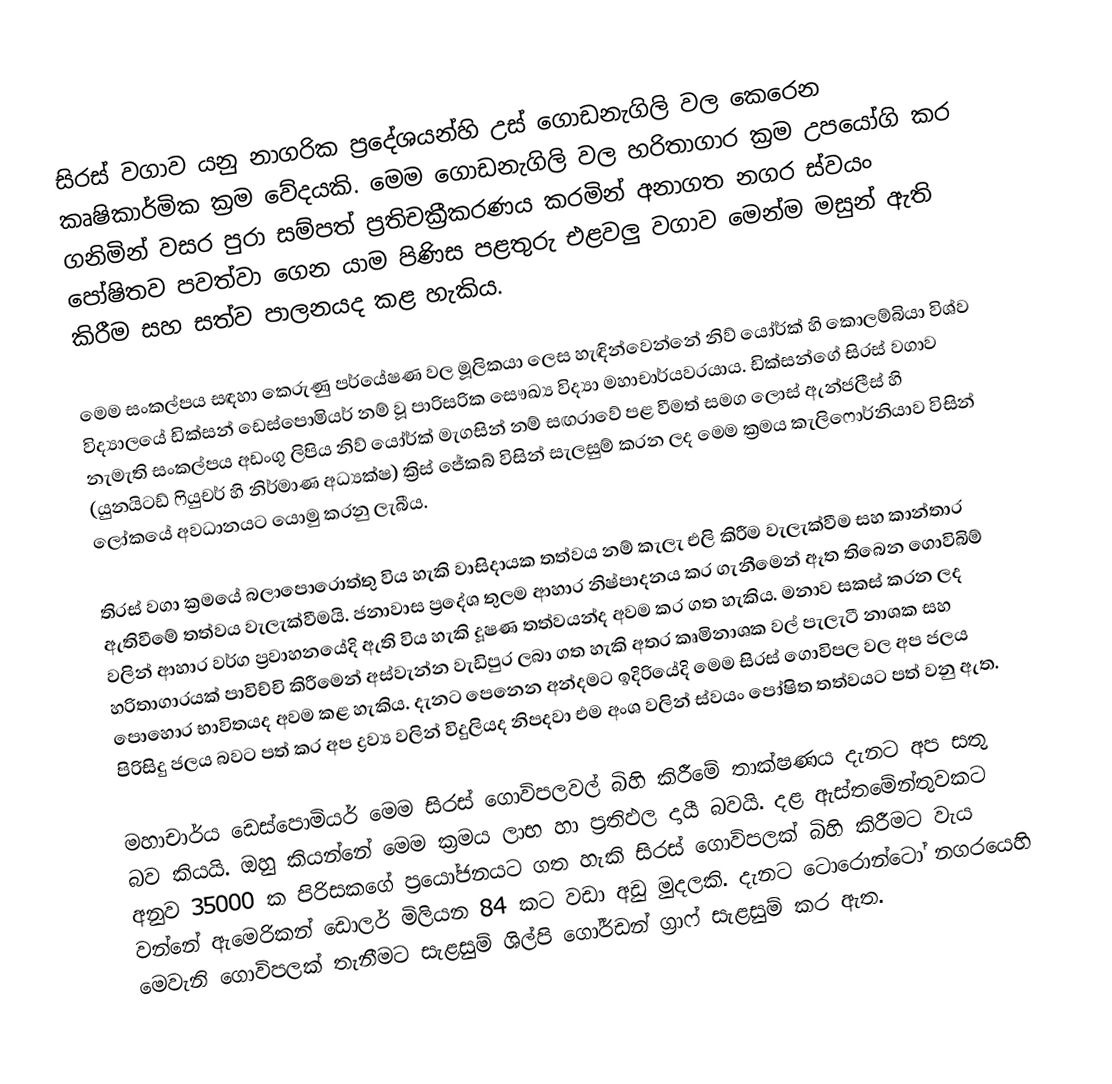
සිරස් වගාව යනු නාගරික ප්‍රදේශයන්හි උස් ගොඩනැගිලි වල කෙරෙන කෘෂිකාර්මික ක්‍රම වේදයකි. මෙම ගොඩනැගිලි වල හරිතාගාර ක්‍රම උපයෝගි කර ගනිමින් වසර පුරා සම්පත් ප්‍රතිචක්‍රීකරණය කරමින් අනාගත නගර ස්වයං පෝෂිතව පවත්වා ගෙන  යාම පිණිස පළතුරු එළවලු වගාව මෙන්ම මසුන් ඇති කිරීම සහ සත්ව පාලනයද කළ හැකිය.

මෙම සංකල්පය සඳහා කෙරුණු පර්යේෂණ වල මූලිකයා ලෙස හැඳින්වෙන්නේ නිව් යෝර්ක් හි කොලම්බියා විශ්ව විද්‍යාලයේ ඩික්සන් ඩෙස්පොමියර් නම් වූ පාරිසරික සෞඛ්‍ය විද්‍යා මහාචාර්යවරයාය. ඩික්සන්ගේ සිරස් වගාව නැමැති සංකල්පය අඩංගු ලිපිය නිව් යෝර්ක් මැගසින් නම් සඟරාවේ පළ වීමත් සමග ලොස් ඇන්ජලීස් හි (යුනයිටඩ් ෆියුචර් හි නිර්මාණ අධ්‍යක්ෂ) ක්‍රිස් ජේකබ් විසින් සැලසුම් කරන ලද මෙම ක්‍රමය කැලිෆොර්නියාව විසින් ලෝකයේ අවධානයට යොමු කරනු ලැබීය.

තිරස් වගා ක්‍රමයේ බලාපොරොත්තු විය හැකි වාසිදායක තත්වය නම් කැලැ එලි කිරීම වැලැක්වීම සහ කාන්තාර ඇතිවීමේ තත්වය වැලැක්වීමයි. ජනාවාස ප්‍රදේශ තුලම ආහාර නිෂ්පාදනය කර ගැනීමෙන් ඈත තිබෙන ගොවිබිම් වලින් ආහාර වර්ග ප්‍රවාහනයේදි ඇති විය හැකි දූෂණ තත්වයන්ද අවම කර ගත හැකිය. මනාව සකස් කරන ලද හරිතාගාරයක් පාවිච්චි කිරීමෙන් අස්වැන්න වැඩිපුර ලබා ගත හැකි අතර කෘමිනාශක වල් පැලැටී නාශක සහ පොහොර භාවිතයද අවම කළ හැකිය. දැනට පෙනෙන අන්දමට ඉදිරියේදි මෙම සිරස් ගොවිපල වල අප ජලය පිරිසිදු ජලය බවට පත් කර අප ද්‍රව්‍ය වලින් විදුලියද නිපදවා එම අංශ වලින් ස්වයං පෝෂිත තත්වයට පත් වනු ඇත.

මහාචාර්ය ඩෙස්පොමියර් මෙම සිරස් ගොවිපලවල් බිහි කිරීමේ තාක්ෂණය දැනට අප සතු බව කියයි. ඔහු කියන්නේ මෙම ක්‍රමය ලාභ හා ප්‍රතිඵල දායී බවයි. දළ ඇස්තමේන්තුවකට අනුව 35000 ක පිරිසකගේ ප්‍රයෝජනයට ගත හැකි සිරස් ගොවිපලක් බිහි කිරීමට වැය වන්නේ ඇමෙරිකන් ඩොලර් මිලියන 84 කට වඩා අඩු මුදලකි. දැනට ටොරොන්ටෝ නගරයෙහි මෙවැනි ගොවිපලක් තැනීමට සැළසුම් ශිල්පි ගෝර්ඩන් ග්‍රාෆ් සැළසුම් කර ඇත.